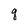
Character: q